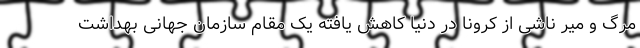
مرگ و میر ناشی از کرونا در دنیا کاهش یافته یک مقام سازمان جهانی بهداشت